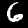
Digit: 6